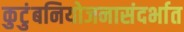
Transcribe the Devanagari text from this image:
कुटुंबनियोजनासंदर्भात